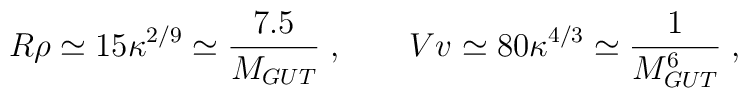
R\rho \simeq 15\kappa^{2/9} \simeq \frac{7.5}{M_{GUT}}\; , \qquad Vv \simeq 80\kappa^{4/3} \simeq \frac{1}{M_{GUT}^6}\; ,